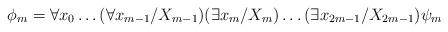
LaTeX: \begin{align*}\phi_m = \forall x_0 \ldots (\forall x_{m-1}/X_{m-1}) (\exists x_m / X_m) \ldots (\exists x_{2m-1}/X_{2m-1}) \psi_m\end{align*}